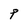
Character: P